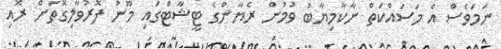
ނަމަވެސް އެ މަސައްކަތް ނާކާމިޔާބު ވުމުން ރެޔާންގެ ޓީޝާޓްގައި މޫނު ފޮރުވާލިގޮތަށް ރޮއި